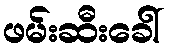
ဖမ်းဆီးခေါ်